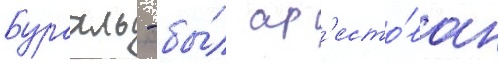
бурахль - бы́л ар'есто́ван